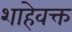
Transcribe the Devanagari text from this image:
शाहेवक्त